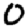
Digit: 0